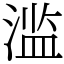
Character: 滥